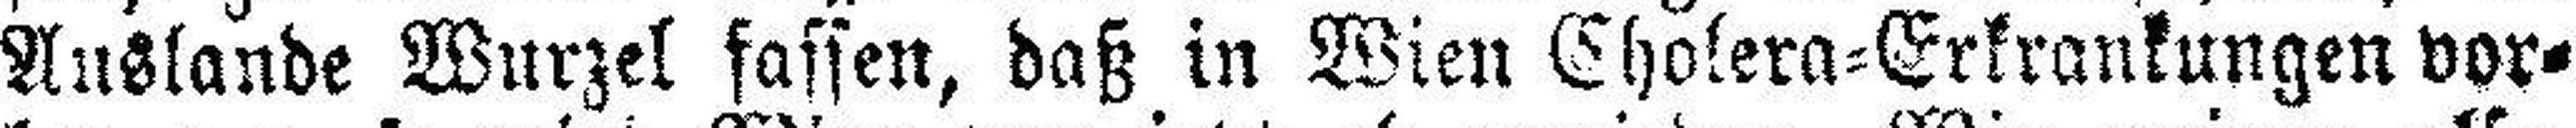
Auslande Wurzel fassen, daß in Wien Cholera=Erkrankungen vor¬